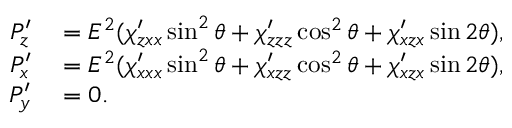
\begin{array} { r l } { P _ { z } ^ { \prime } } & { { } = E ^ { 2 } ( \chi _ { z x x } ^ { \prime } \sin ^ { 2 } \theta + \chi _ { z z z } ^ { \prime } \cos ^ { 2 } \theta + \chi _ { x z x } ^ { \prime } \sin 2 \theta ) , } \\ { P _ { x } ^ { \prime } } & { { } = E ^ { 2 } ( \chi _ { x x x } ^ { \prime } \sin ^ { 2 } \theta + \chi _ { x z z } ^ { \prime } \cos ^ { 2 } \theta + \chi _ { x z x } ^ { \prime } \sin 2 \theta ) , } \\ { P _ { y } ^ { \prime } } & { { } = 0 . } \end{array}